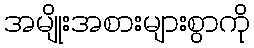
အမျိုးအစားများစွာကို